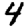
Digit: 4